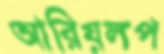
আরিয়লপ